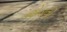
જોડાતી